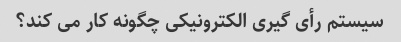
سیستم رأی گیری الکترونیکی چگونه کار می کند؟